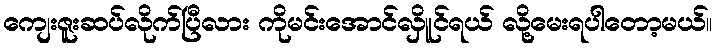
ကျေးဇူးဆပ်လိုက်ပြီလား ကိုမင်းအောင်လှိူင်ရယ် လို့မေးရပါတော့မယ်။